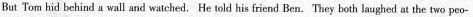
But Tom hid behind a wall and watched. He told his friend Ben.They both laughed at the two peo-